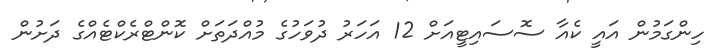
ހިންގަމުން އައީ ކެއާ ސޮސައިޓީއަށް 12 އަހަރު ދުވަހުގެ މުއްދަތަށް ކޮންޓްރެކްޓެއްގެ ދަށުން